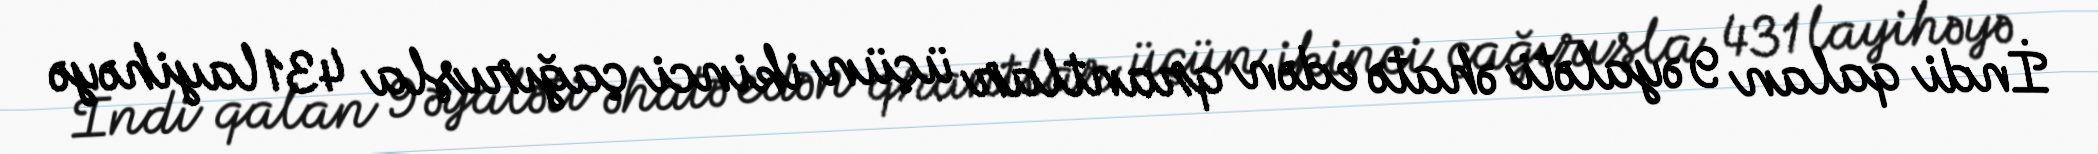
İndi qalan 9 əyaləti əhatə edən qrantlar üçün ikinci çağırışla 431 layihəyə